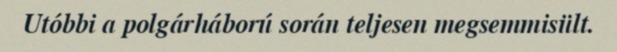
Utóbbi a polgárháború során teljesen megsemmisült.